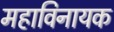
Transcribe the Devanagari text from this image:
महाविनायक